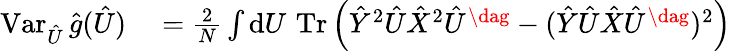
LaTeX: \begin{array}{rl}{\operatorname{Var}_{\hat{U}}\hat{g}(\hat{U})}&{{}\textstyle\stackrel{}{=}\frac{2}{N}\int\mathrm{d}U\, \operatorname{Tr}\left(\hat{Y}^{2}\hat{U}\hat{X}^{2}\hat{U}^{\dag}-(\hat{Y}\hat{U}\hat{X}\hat{U}^{\dag})^{2}\right)}\end{array}